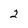
Character: 2